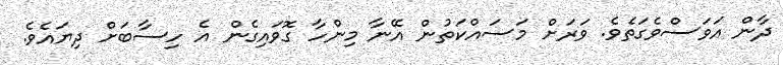
ދާން އަވަސްވެގަތެވެ. ވަރަށް މަސައްކަތުން އޭނާ މިންހާ ގޮވައިގެން އެ ހިސާބަށް ދިޔައެވެ.